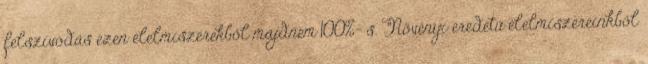
felszívódás ezen élelmiszerekből majdnem 100%- s. Növényi eredetű élelmiszereinkből